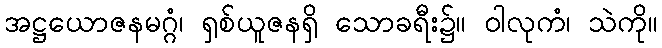
အဋ္ဌယောဇနမဂ္ဂံ၊ ရှစ်ယူဇနရှိ သောခရီး၌။ ဝါလုကံ၊ သဲကို။